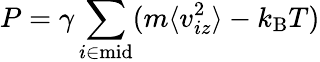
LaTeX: P=\gamma\sum_{i\in\mathrm{mid}}(m\langle v_{iz}^{2}\rangle-k_{\mathrm{B}}T)